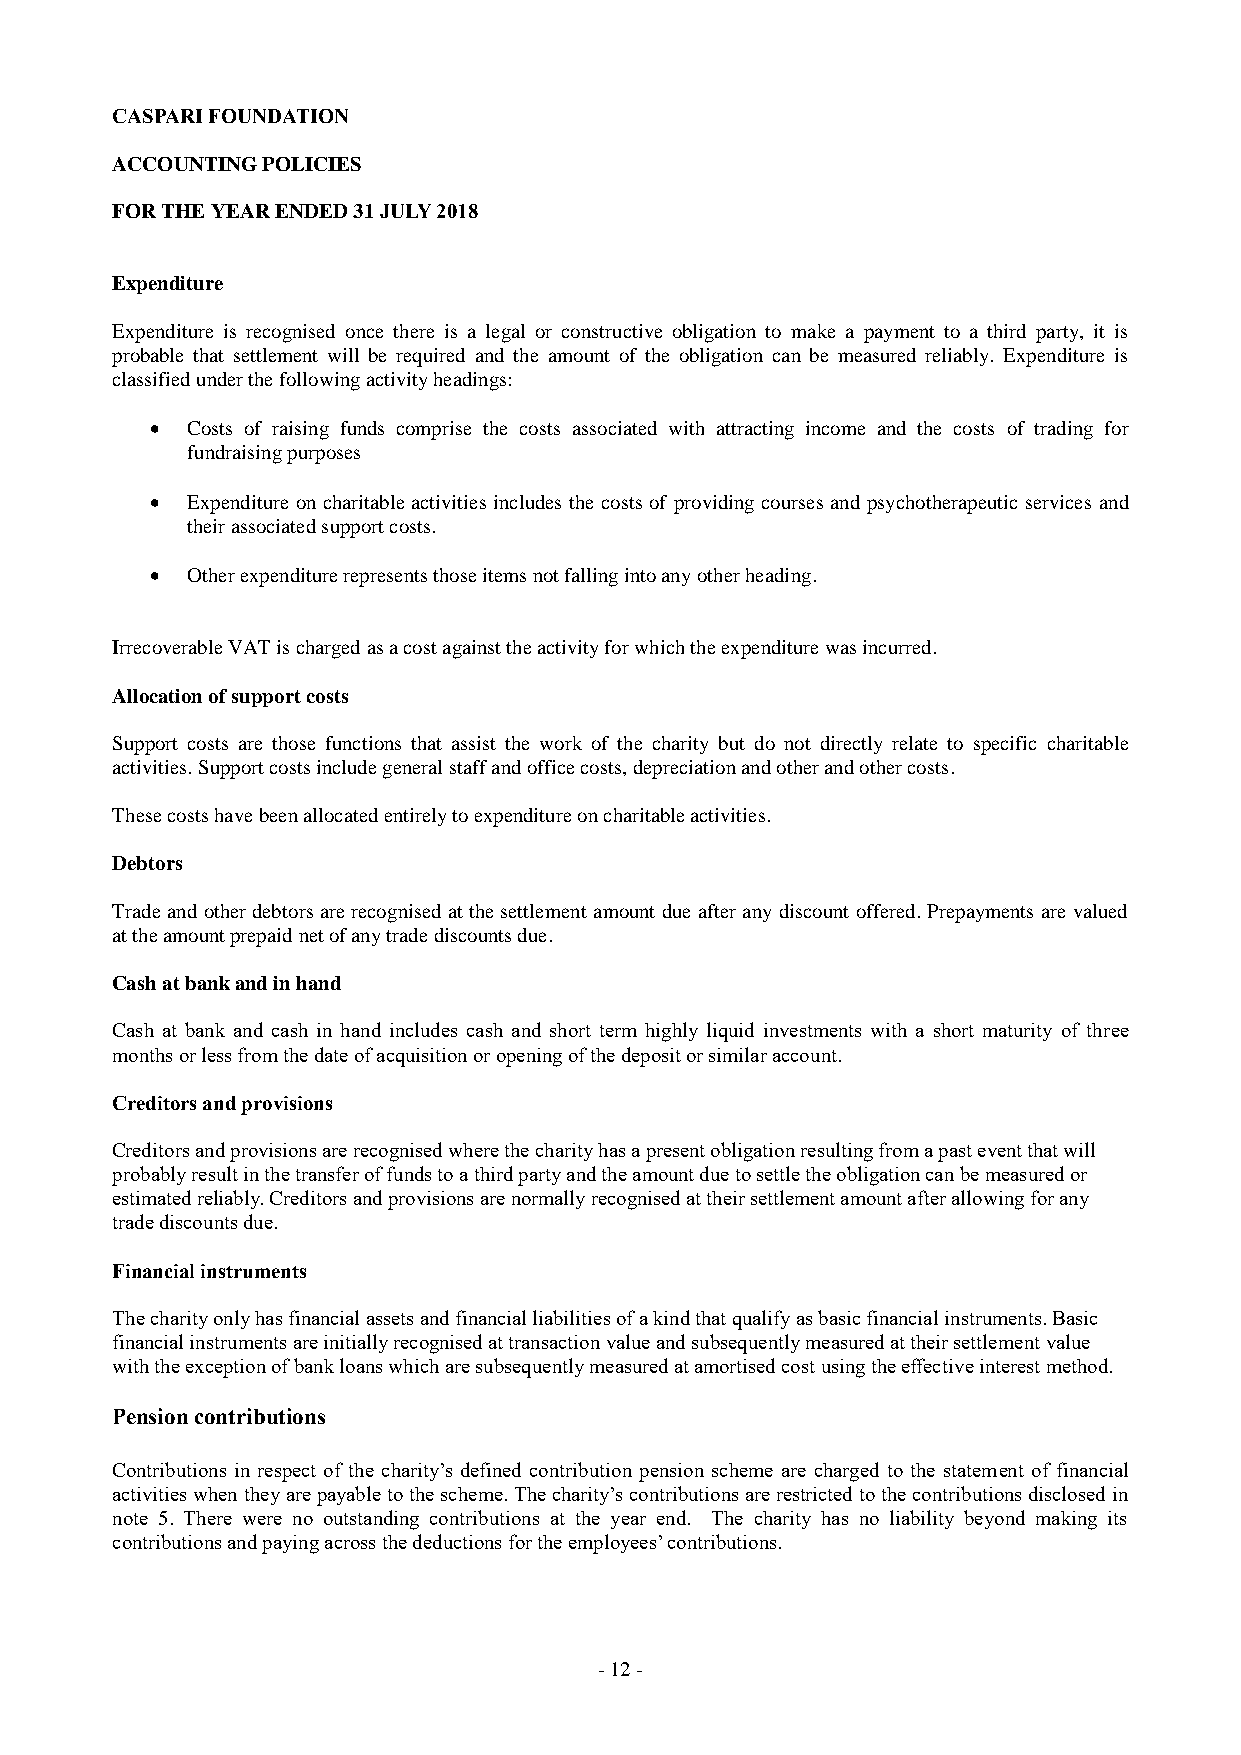
CASPARI FOUNDATION
 ACCOUNTING POLICIES
 FOR THE YEAR ENDED 31 JULY 2018
 Expenditure
 Expenditure is recognised once there is a legal or constructive obligation to make a payment to a third party, it is
 probable that settlement will be required and the amount of the obligation can be measured reliably. Expenditure is
 classified under the following activity headings:
  Costs of raising funds comprise the costs associated with attracting income and the costs of trading for
 fundraising purposes
  Expenditure on charitable activities includes the costs of providing courses and psychotherapeutic services and
 their associated support costs.
  Other expenditure represents those items not falling into any other heading.
 Irrecoverable VAT is charged as a cost against the activity for which the expenditure was incurred.
 Allocation of support costs
 Support costs are those functions that assist the work of the charity but do not directly relate to specific charitable
 activities. Support costs include general staff and office costs, depreciation and other and other costs.
 These costs have been allocated entirely to expenditure on charitable activities.
 Debtors
 Trade and other debtors are recognised at the settlement amount due after any discount offered. Prepayments are valued
 at the amount prepaid net of any trade discounts due.
 Cash at bank and in hand
 Cash at bank and cash in hand includes cash and short term highly liquid investments with a short maturity of three
 months or less from the date of acquisition or opening of the deposit or similar account.
 Creditors and provisions
 Creditors and provisions are recognised where the charity has a present obligation resulting from a past event that will
 probably result in the transfer of funds to a third party and the amount due to settle the obligation can be measured or
 estimated reliably. Creditors and provisions are normally recognised at their settlement amount after allowing for any
 trade discounts due.
 Financial instruments
 The charity only has financial assets and financial liabilities of a kind that qualify as basic financial instruments. Basic
 financial instruments are initially recognised at transaction value and subsequently measured at their settlement value
 with the exception of bank loans which are subsequently measured at amortised cost using the effective interest method.
 Pension contributions
 Contributions in respect of the charity’s defined contribution pension scheme are charged to the statement of financial
 activities when they are payable to the scheme. The charity’s contributions are restricted to the contributions disclosed in
 note 5. There were no outstanding contributions at the year end. The charity has no liability beyond making its
 contributions and paying across the deductions for the employees’ contributions.
 - 1 2 -